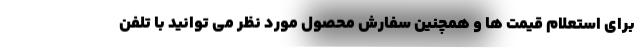
برای استعلام قیمت ها و همچنین سفارش محصول مورد نظر می توانید با تلفن